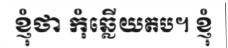
ខ្ញុំថា កុំឆ្លើយតប។ ខ្ញុំ